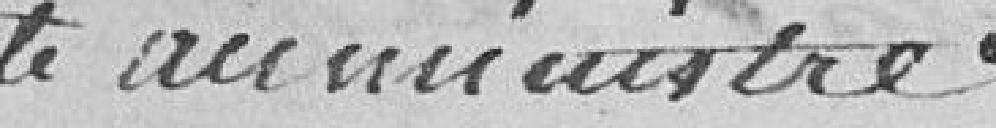
écrite au ministre